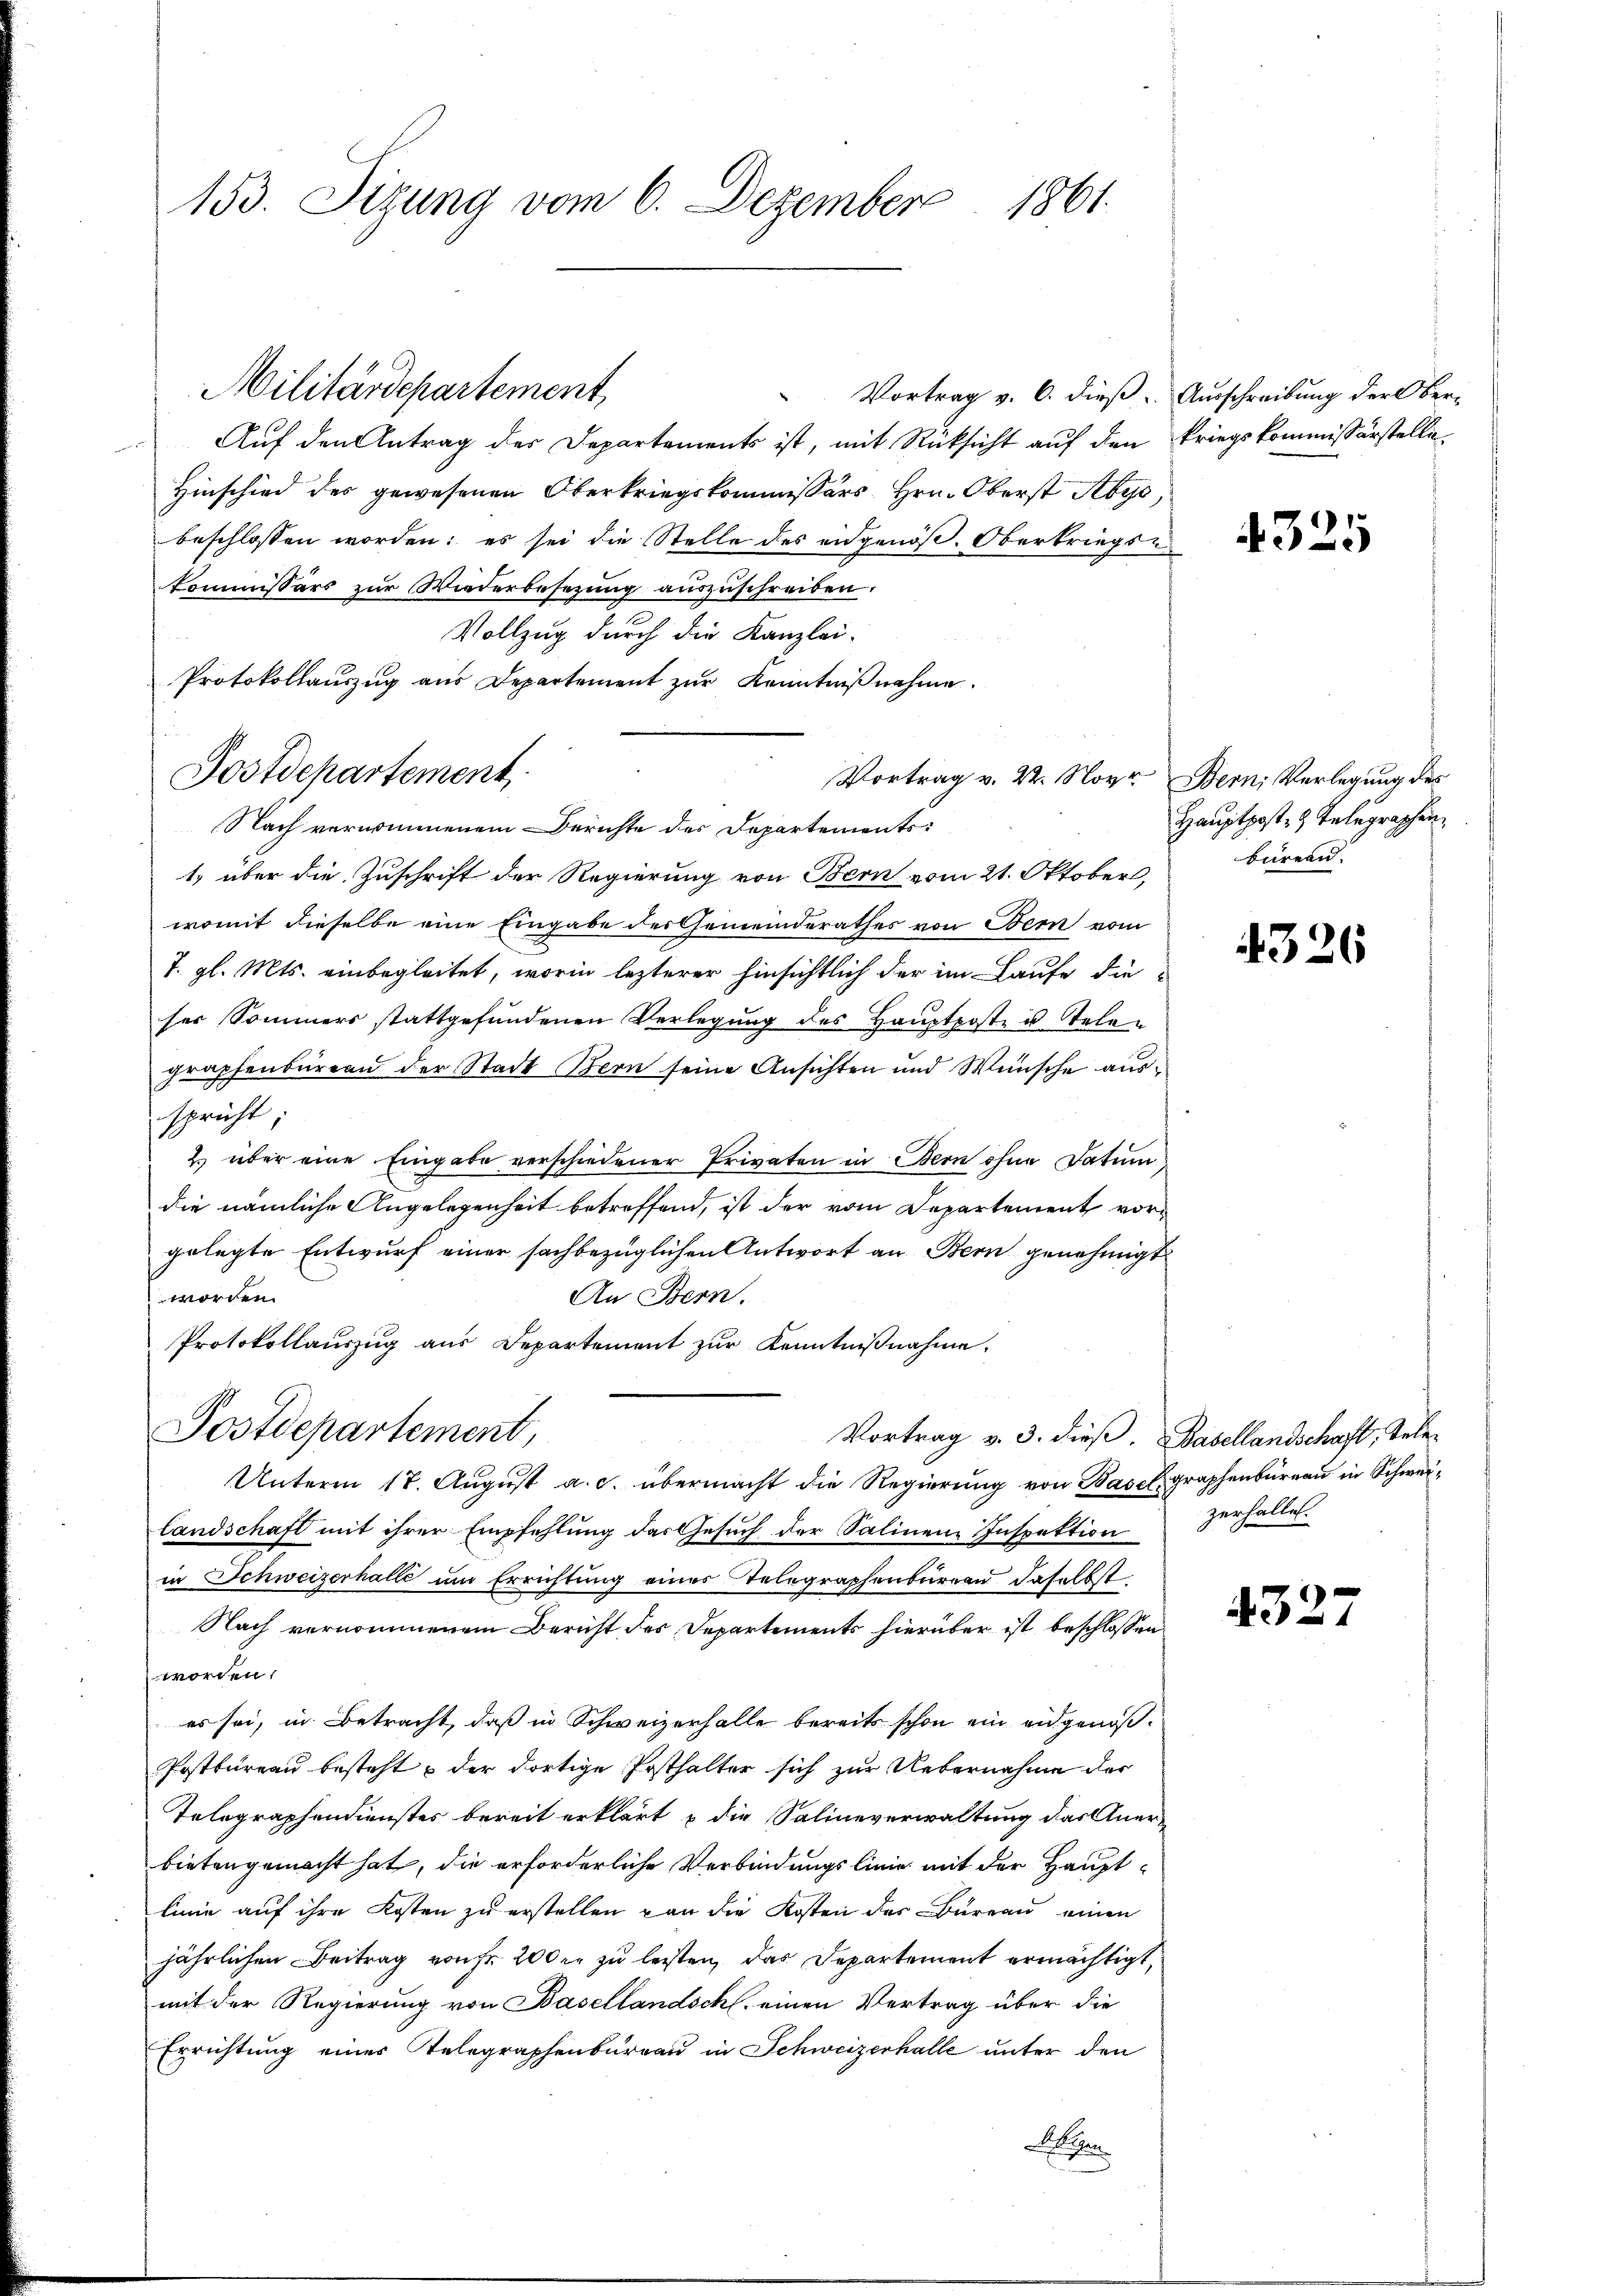
153. Sizung vom 6. Dezember 1861.

Postdepartement

Militärdepartement
Vortrag v. 6. dieß. Ausschreibung der Ober¬
Auf den Antrag des Departements ist, mit Rücksicht auf den Kriegskommissärstelle¬
Hinschied des gewesenen Oberkriegskommissärs Hrn. Oberst Abys,
beschlossen worden: es sei die Stelle des angenöß. Oberbriegse
Kommissärs zur Wiederbesezung auszuschreiben.
Vollzug durch die Kanzlei-
Protokollauszug aus Departement zŭr Kenntniβnahme.
Nach vernommenem Berichte des Departements-
1, über die Zuschrift der Regierung von Bern vom 21. Oktober,
womit dieselbe eine Eingabe des Gemeinderathes von Bern vom
7. gl. Mts. einbegleitet, worin lezterer hinsichtlich der im Laufe die
ser Sommers stattgefundenen Verlegŭng des Hauptpost u. telegraphenbüreau der Stadt Bern seine Ansichten und Wünsche ausspricht
2) über eine Eingabe verschiedener Privaten in Bern ohne Datum
die nämliche Angelegenheit betreffend, ist der vom Departement vorgelegte Entwurf einer sachbezüglichen Antwort an Bern genehmigt
worden.
An Bern.
Protokollauszug aus Departement zur Kenntnißnahme.
Postdepartement,
Vortrag v. 3. dieß. Basellandschaft, Tele¬
Unterm 17. August a. c. übermacht die Regierung von Basel graphenbüreau in Schweilandschaft mit ihrer Empfehlung das Gesuch der Salinen Inspektion zerhalten.
in Schweizerhalle um Errichtung eines Telegraphenbüreau daselbst
Nach vernommenem Bericht des Departements hierüber ist beschlossen
worden.
es sei, in Betracht, daß in Schweizerhalle bereits schon ein eidgenöß¬
Postbureau besteht, der dortige Posthalter sich zur Uebernahme der
Telegraphendienster bereit erklärt & die Salineverwaltung das Aner-
bieten gemacht hat, die erforderliche Verbindungslinie mit der Hauptlinie auf ihre Kosten zu erstellen von die Kosten des Büreau einen
jährlichen Beitrag von fr. 200 er zu leisten, das Departement ermächtigt,
mit der Regierung von Basellandschl. einen Vertrag über die
Errichtung eines Telegraphenburgau in Schweizerhalle unter den
le

Vortrag v. 22. Novo Bern, Verlegung des

4325

Hauptpost- & Telegraphen,
büreau.

4326

4327